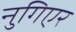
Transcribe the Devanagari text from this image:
नुगिएर